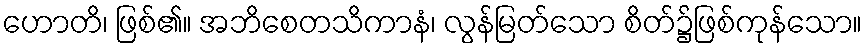
ဟောတိ၊ ဖြစ်၏။ အဘိစေတသိကာနံ၊ လွန်မြတ်သော စိတ်၌ဖြစ်ကုန်သော။